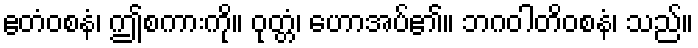
ဧတံဝစနံ၊ ဤစကားကို။ ဝုတ္တံ၊ ဟောအပ်၏။ ဘဂဝါတိဝစနံ၊ သည်။